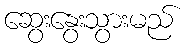
ဆွေးနွေးသွားမည်